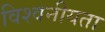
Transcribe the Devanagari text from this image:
विश्वनीयता